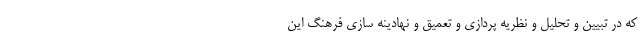
که در تبیین و تحلیل و نظریه پردازی و تعمیق و نهادینه سازی فرهنگ این